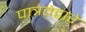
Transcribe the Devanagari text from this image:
पात्रतेद्वारे